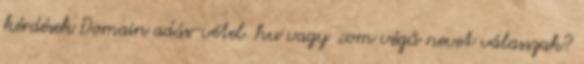
kérdések Domain adás-vétel .hu vagy .com végű nevet válasszak?